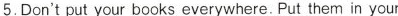
5.Don't put your books everywhere. Put them in your